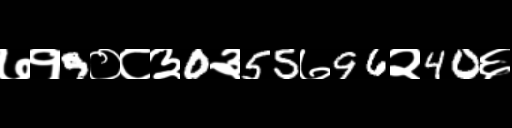
Text: ७१9०८३0३55७96२40६